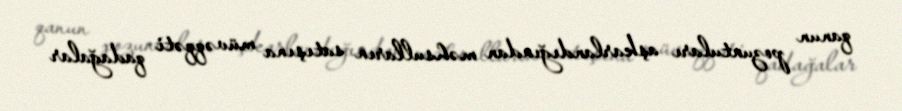
qanun pozuntuları aşkarlandığından məhsulların satışına müvəqqəti qadağalar